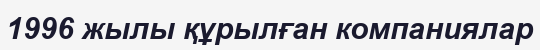
1996 жылы құрылған компаниялар